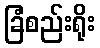
ခြံစည်းရိုး